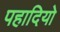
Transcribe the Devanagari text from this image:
पहादियो